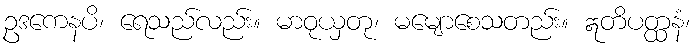
ဥဒကေနပိ၊ ရေသည်လည်း။ မာဝုယှတု၊ မမျောစေသတည်း။ ဣတိပတ္ထနံ၊